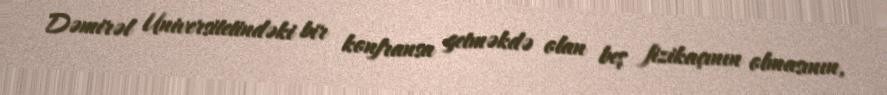
Dəmirəl Universitetindəki bir konfransa getməkdə olan beş fizikaçının olmasının,